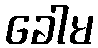
ခေါမ